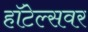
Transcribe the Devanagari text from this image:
हॉटेल्सवर